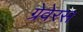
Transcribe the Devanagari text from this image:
ग्रेवेरस